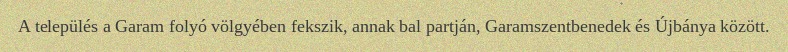
A település a Garam folyó völgyében fekszik, annak bal partján, Garamszentbenedek és Újbánya között.